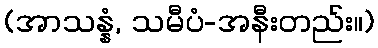
(အာသန္နံ, သမီပံ-အနီးတည်း။)